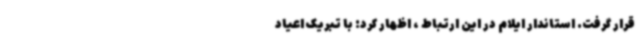
قرار گرفت. استاندار ایلام در این ارتباط ، اظهار کرد: با تبریک اعیاد